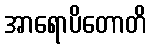
အာရောပိတောတိ